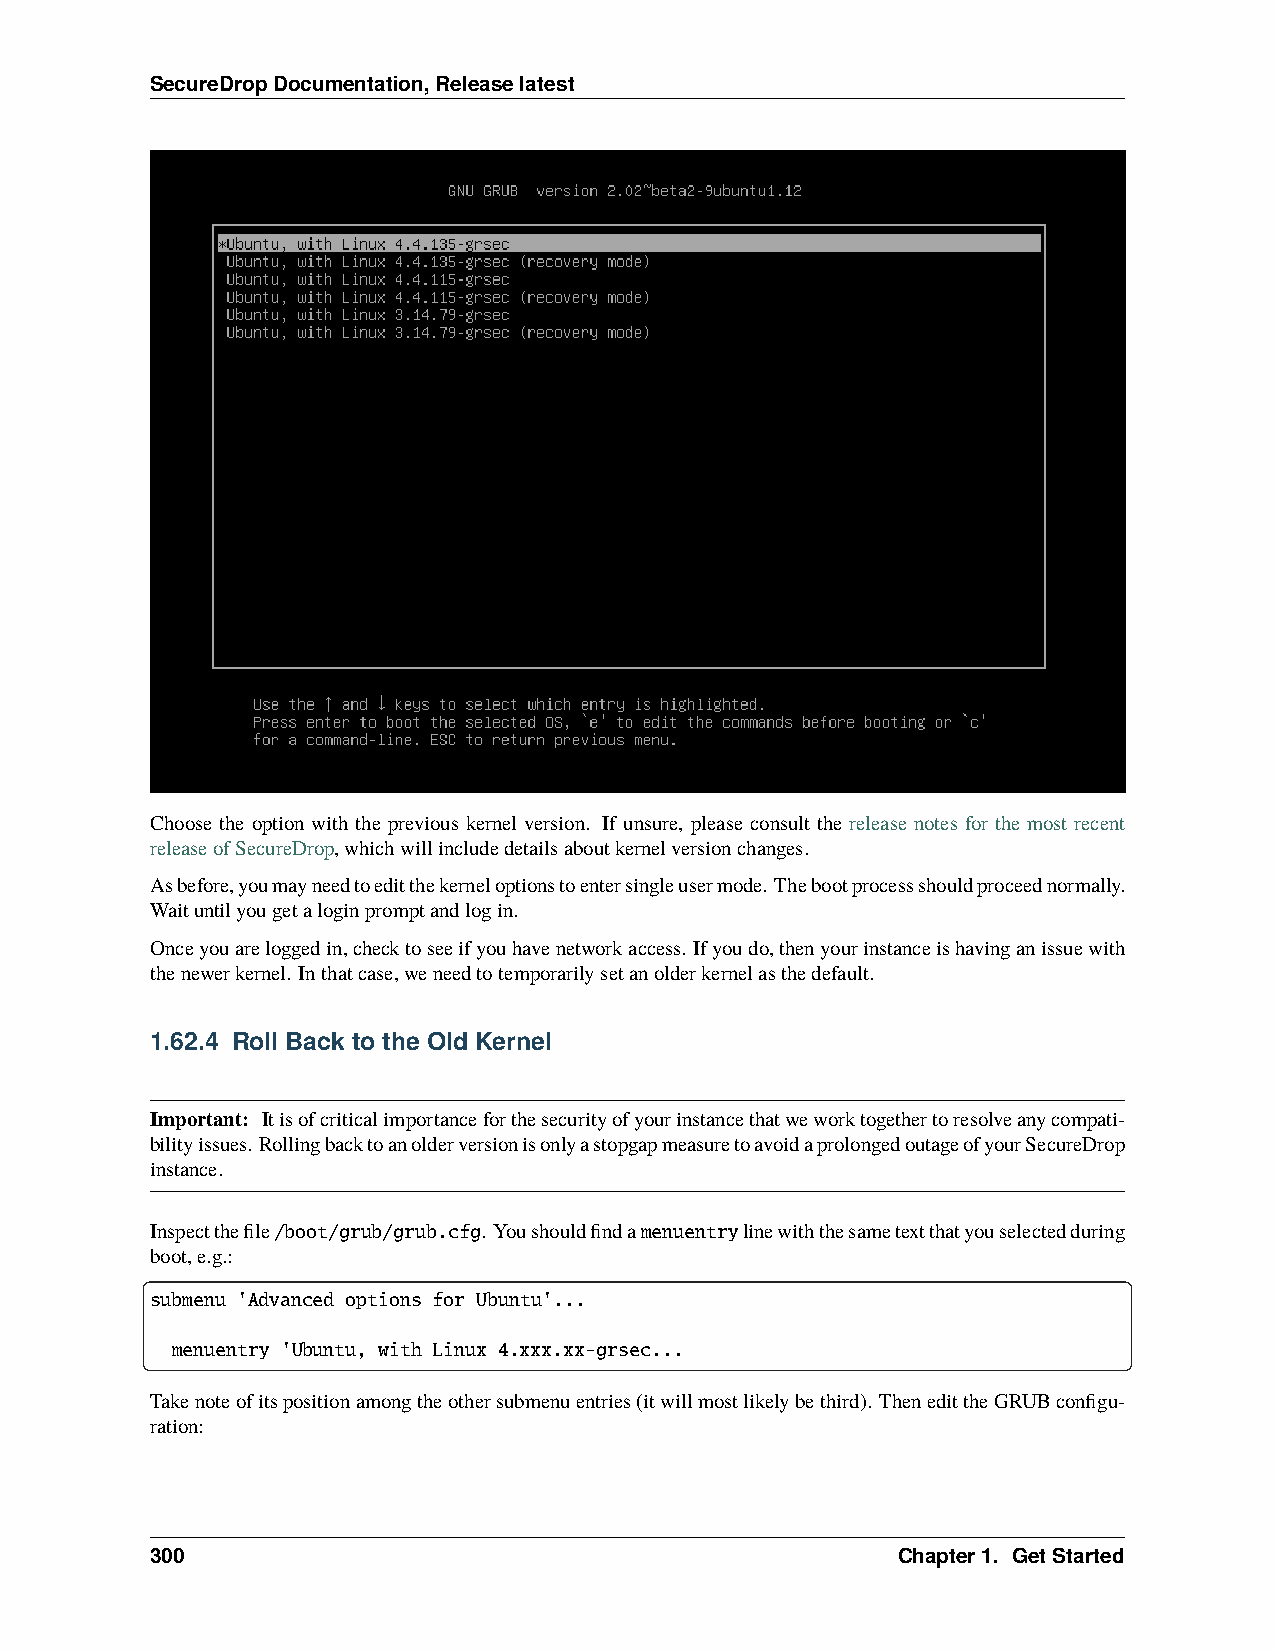
SecureDropDocumentation,Releaselatest
 Choose the option with the previous kernel version. If unsure, please consult the release notes for the most recent
 releaseofSecureDrop,whichwillincludedetailsaboutkernelversionchanges.
 Asbefore,youmayneedtoeditthekerneloptionstoentersingleusermode. Thebootprocessshouldproceednormally.
 Waituntilyougetaloginpromptandlogin.
 Onceyouareloggedin,checktoseeifyouhavenetworkaccess. Ifyoudo,thenyourinstanceishavinganissuewith
 thenewerkernel. Inthatcase,weneedtotemporarilysetanolderkernelasthedefault.
 1.62.4 Roll Back to the Old Kernel
 Important: Itisofcriticalimportanceforthesecurityofyourinstancethatweworktogethertoresolveanycompati-
 bilityissues. RollingbacktoanolderversionisonlyastopgapmeasuretoavoidaprolongedoutageofyourSecureDrop
 instance.
 Inspectthefile/boot/grub/grub.cfg. Youshouldfindamenuentrylinewiththesametextthatyouselectedduring
 boot,e.g.:
 submenu 'Advanced options for Ubuntu'...
 menuentry 'Ubuntu, with Linux 4.xxx.xx-grsec...
 Takenoteofitspositionamongtheothersubmenuentries(itwillmostlikelybethird). ThenedittheGRUBconfigu-
 ration:
 300                                              Chapter1. GetStarted